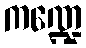
ကဏ္ဍေ